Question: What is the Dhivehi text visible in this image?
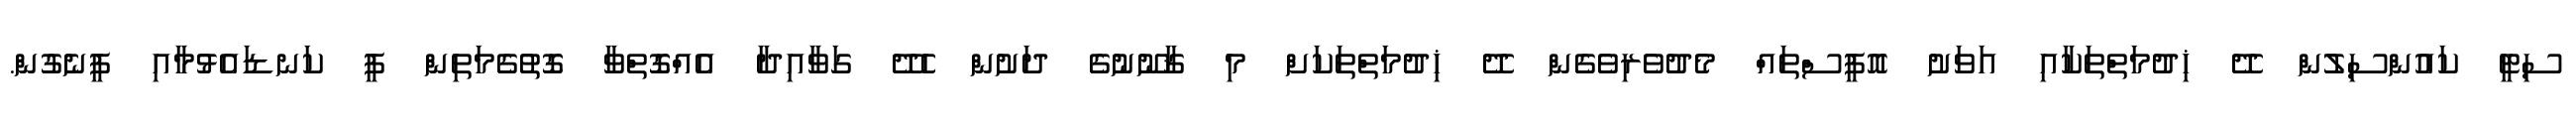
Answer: ސިޓީ ކައުންސިލުން ދޭ ޚިދުމަތްތަކާއި އަވަށު އޮފީސްތައް މެދުވެރިވެގެން ދޭ ޚިދުމަތްތަކަށް މި ޤާނޫނުގެ ދަށުން ހެދޭ ގަވާއިދާ އެއްގޮތްވާ ގޮތުގެމަތިން ފީ ކަނޑައެޅުމާއި ފީނެގުން.